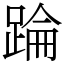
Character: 踚